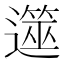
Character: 遾